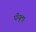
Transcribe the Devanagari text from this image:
पीयूला